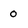
Character: 0